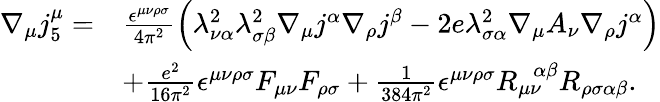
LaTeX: \begin{array}{rl}{\nabla_{\mu}j_{5}^{\mu}=}&{\frac{\epsilon^{\mu\nu\rho\sigma}}{4\pi^{2}}\left(\lambda_{\nu\alpha}^{2}\lambda_{\sigma\beta}^{2}\nabla_{\mu}j^{\alpha}\nabla_{\rho}j^{\beta}-2e\lambda_{\sigma\alpha}^{2}\nabla_{\mu}A_{\nu}\nabla_{\rho}j^{\alpha}\right)}\\ &{+\frac{e^{2}}{16\pi^{2}}\epsilon^{\mu\nu\rho\sigma}F_{\mu\nu}F_{\rho\sigma}+\frac{1}{384\pi^{2}}\epsilon^{\mu\nu\rho\sigma}R_{\mu\nu}^{\ \ \ \alpha\beta}R_{\rho\sigma\alpha\beta}.}\end{array}